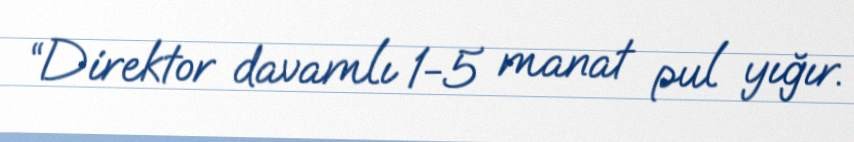
“Direktor davamlı 1-5 manat pul yığır.